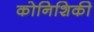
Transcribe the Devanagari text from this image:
कोनिशिकी